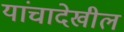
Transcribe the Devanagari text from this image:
यांचादेखील